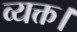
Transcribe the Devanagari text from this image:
व्यक्त।